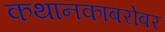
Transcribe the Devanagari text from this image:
कथानकाबरोबर